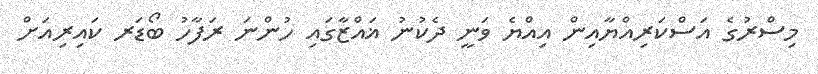
މިސްރުގެ އަސްކަރިއްޔާއިން އިއްޔެ ވަނީ ދެކުނު ޣައްޒާގައި ހުންނަ ރަފާހު ބޯޑަރ ކައިރިއަށް